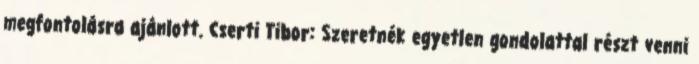
megfontolásra ajánlott. Cserti Tibor: Szeretnék egyetlen gondolattal részt venni